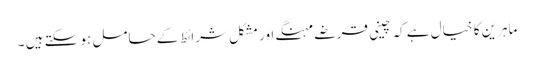
ماہرین کا خیال ہے کہ چینی قرضے مہنگے اور مشکل شرائط کے حامل ہو سکتے ہیں ۔